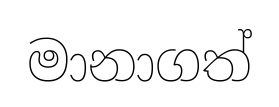
මානාගත්